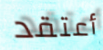
أعتقد